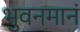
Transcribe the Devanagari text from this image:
भुवनमानं